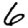
Digit: 6